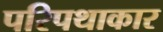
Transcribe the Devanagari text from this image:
परिपथाकार